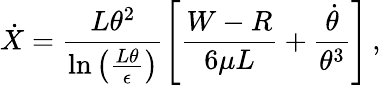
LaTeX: \dot{X}=\frac{L\theta^{2}}{\ln\left(\frac{L\theta}{\epsilon}\right)}\left[\frac{W-R}{6\mu L}+\frac{\dot{\theta}}{\theta^{3}}\right]\, ,